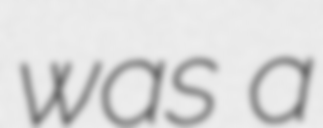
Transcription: was a